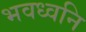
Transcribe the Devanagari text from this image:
भवध्वनि